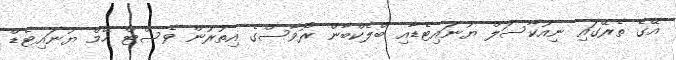
އޭގެ ތެރޭގައި ނިއުކާސަލް ޔުނައިޓެޑާއި ބްލެކްބާން ރޯވާސްގެ އިތުރުން ވެސްޓް ހޭމް ޔުނައިޓެޑް